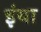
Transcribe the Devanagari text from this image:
इंया